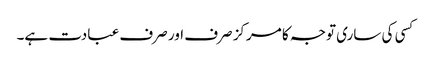
کسی کی ساری توجہ کا مرکز صرف اور صرف عبادت ہے۔